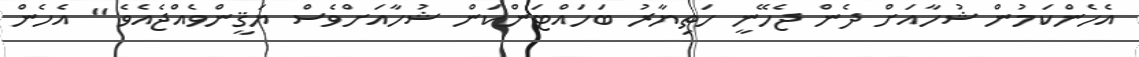
އެހެންކަމުން ޝުހާއަށް ދެން ޖެހޭނީ ހަތިޔާރު ބަހައްޓަންކަން ޝުހާއަށްވެސް ޔަޤީންވެއްޖެއެވެ " އެހެން